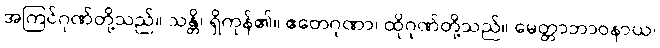
အကြင်ဂုဏ်တို့သည်။ သန္တိ၊ ရှိကုန်၏။ ဧတေဂုဏာ၊ ထိုဂုဏ်တို့သည်။ မေတ္တာဘာဝနာယ၊